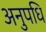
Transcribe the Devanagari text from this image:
अनुपधि